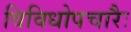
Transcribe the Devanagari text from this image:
विविधोपचारैः